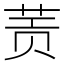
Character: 𰱀